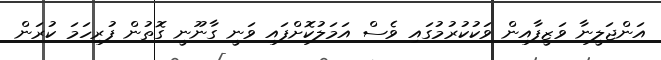
އަންޖަލީނާ ވަޒީފާއިން ވަކުކުރުމުގައި ވެސް އަމަލުކޮށްފައި ވަނީ ގާނޫނީ ގޮތުން ފުރިހަމަ ކުރަން